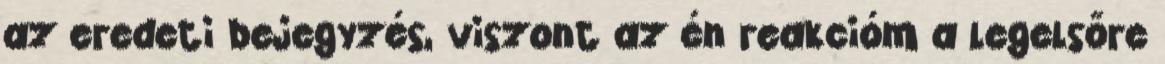
az eredeti bejegyzés, viszont az én reakcióm a legelsőre